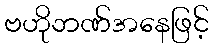
ဗဟိုဘဏ်အနေဖြင့်